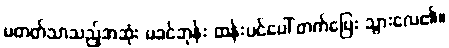
မတတ်သာသည့်အဆုံး မခင်ဘုန်း ထန်းပင်ပေါ် တက်ပြေး သွားလေ၏။